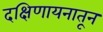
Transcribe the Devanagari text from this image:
दक्षिणायनातून